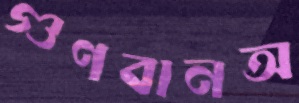
গুণবানঅ